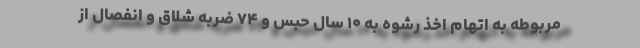
مربوطه به اتهام اخذ رشوه به ۱۰ سال حبس و ۷۴ ضربه شلاق و انفصال از